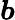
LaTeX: \boldsymbol{b}